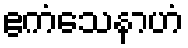
ဧကံသေနာဟံ